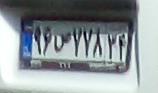
۹۶ص۷۷۸۳۴